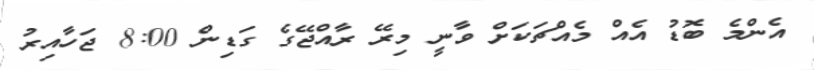
އެންމެ ބޮޑު އެއް މެއްޗަކަށް ވާނީ މިރޭ ރާއްޖޭގެ ގަޑިން 8:00 ޖަހާއިރު